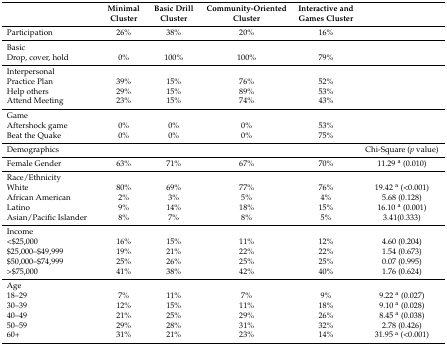
|  | Minimal Cluster | Basic Drill Cluster | Community-Oriented Cluster | Interactive and Games Cluster |  |
 | --- | --- | --- | --- | --- | --- |
 | Participation | 26% | 38% | 20% | 16% |  |
 | Basic |  |  |  |  |  |
 | Drop, cover, hold | 0% | 100% | 100% | 79% |  |
 | Interpersonal |  |  |  |  |  |
 | Practice Plan | 39% | 15% | 76% | 52% |  |
 | Help others | 29% | 15% | 89% | 53% |  |
 | Attend Meeting | 23% | 15% | 74% | 43% |  |
 | Game |  |  |  |  |  |
 | Aftershock game | 0% | 0% | 0% | 53% |  |
 | Beat the Quake | 0% | 0% | 0% | 75% |  |
 | Demographics |  |  |  |  | Chi-Square (p value) |
 | Female Gender | 63% | 71% | 67% | 70% | 11.29 a (0.010) |
 | Race/Ethnicity |  |  |  |  |  |
 | White | 80% | 69% | 77% | 76% | 19.42 a (<0.001) |
 | African American | 2% | 3% | 5% | 4% | 5.68 (0.128) |
 | Latino | 9% | 14% | 18% | 15% | 16.10 a (0.001) |
 | Asian/Pacific Islander | 8% | 7% | 8% | 5% | 3.41(0.333) |
 | Income |  |  |  |  |  |
 | <$25,000 | 16% | 15% | 11% | 12% | 4.60 (0.204) |
 | $25,000–$49,999 | 19% | 21% | 22% | 22% | 1.54 (0.673) |
 | $50,000–$74,999 | 25% | 26% | 25% | 25% | 0.07 (0.995) |
 | >$75,000 | 41% | 38% | 42% | 40% | 1.76 (0.624) |
 | Age |  |  |  |  |  |
 | 18–29 | 7% | 11% | 7% | 9% | 9.22 a (0.027) |
 | 30–39 | 12% | 15% | 11% | 18% | 9.10 a (0.028) |
 | 40–49 | 21% | 25% | 29% | 26% | 8.45 a (0.038) |
 | 50–59 | 29% | 28% | 31% | 32% | 2.78 (0.426) |
 | 60+ | 31% | 21% | 23% | 14% | 31.95 a (<0.001) |